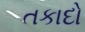
તકાદો